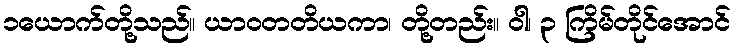
၁ယောက်တို့သည်။ ယာဝတတိယကာ၊ တို့တည်း။ ဝါ၊ ၃ ကြိမ်တိုင်အောင်